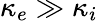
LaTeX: \kappa_{e}\gg\kappa_{i}